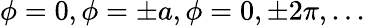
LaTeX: \phi=0,\phi=\pm a,\phi=0,\pm 2\pi,...